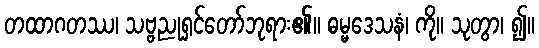
တထာဂတဿ၊ သဗ္ဗညုရှင်တော်ဘုရား၏။ ဓမ္မဒေသနံ၊ ကို။ သုတွာ၊ ၍။